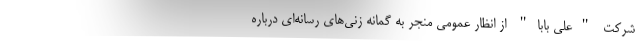
شرکت "علی بابا" از انظار عمومی منجر به گمانه زنی‌های رسانه‌ای درباره